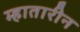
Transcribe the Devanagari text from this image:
म्हातारीन